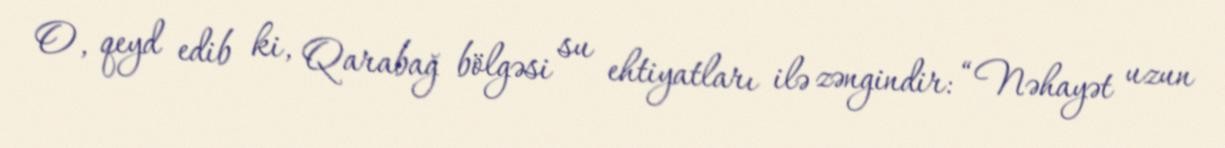
O, qeyd edib ki, Qarabağ bölgəsi su ehtiyatları ilə zəngindir: “Nəhayət uzun